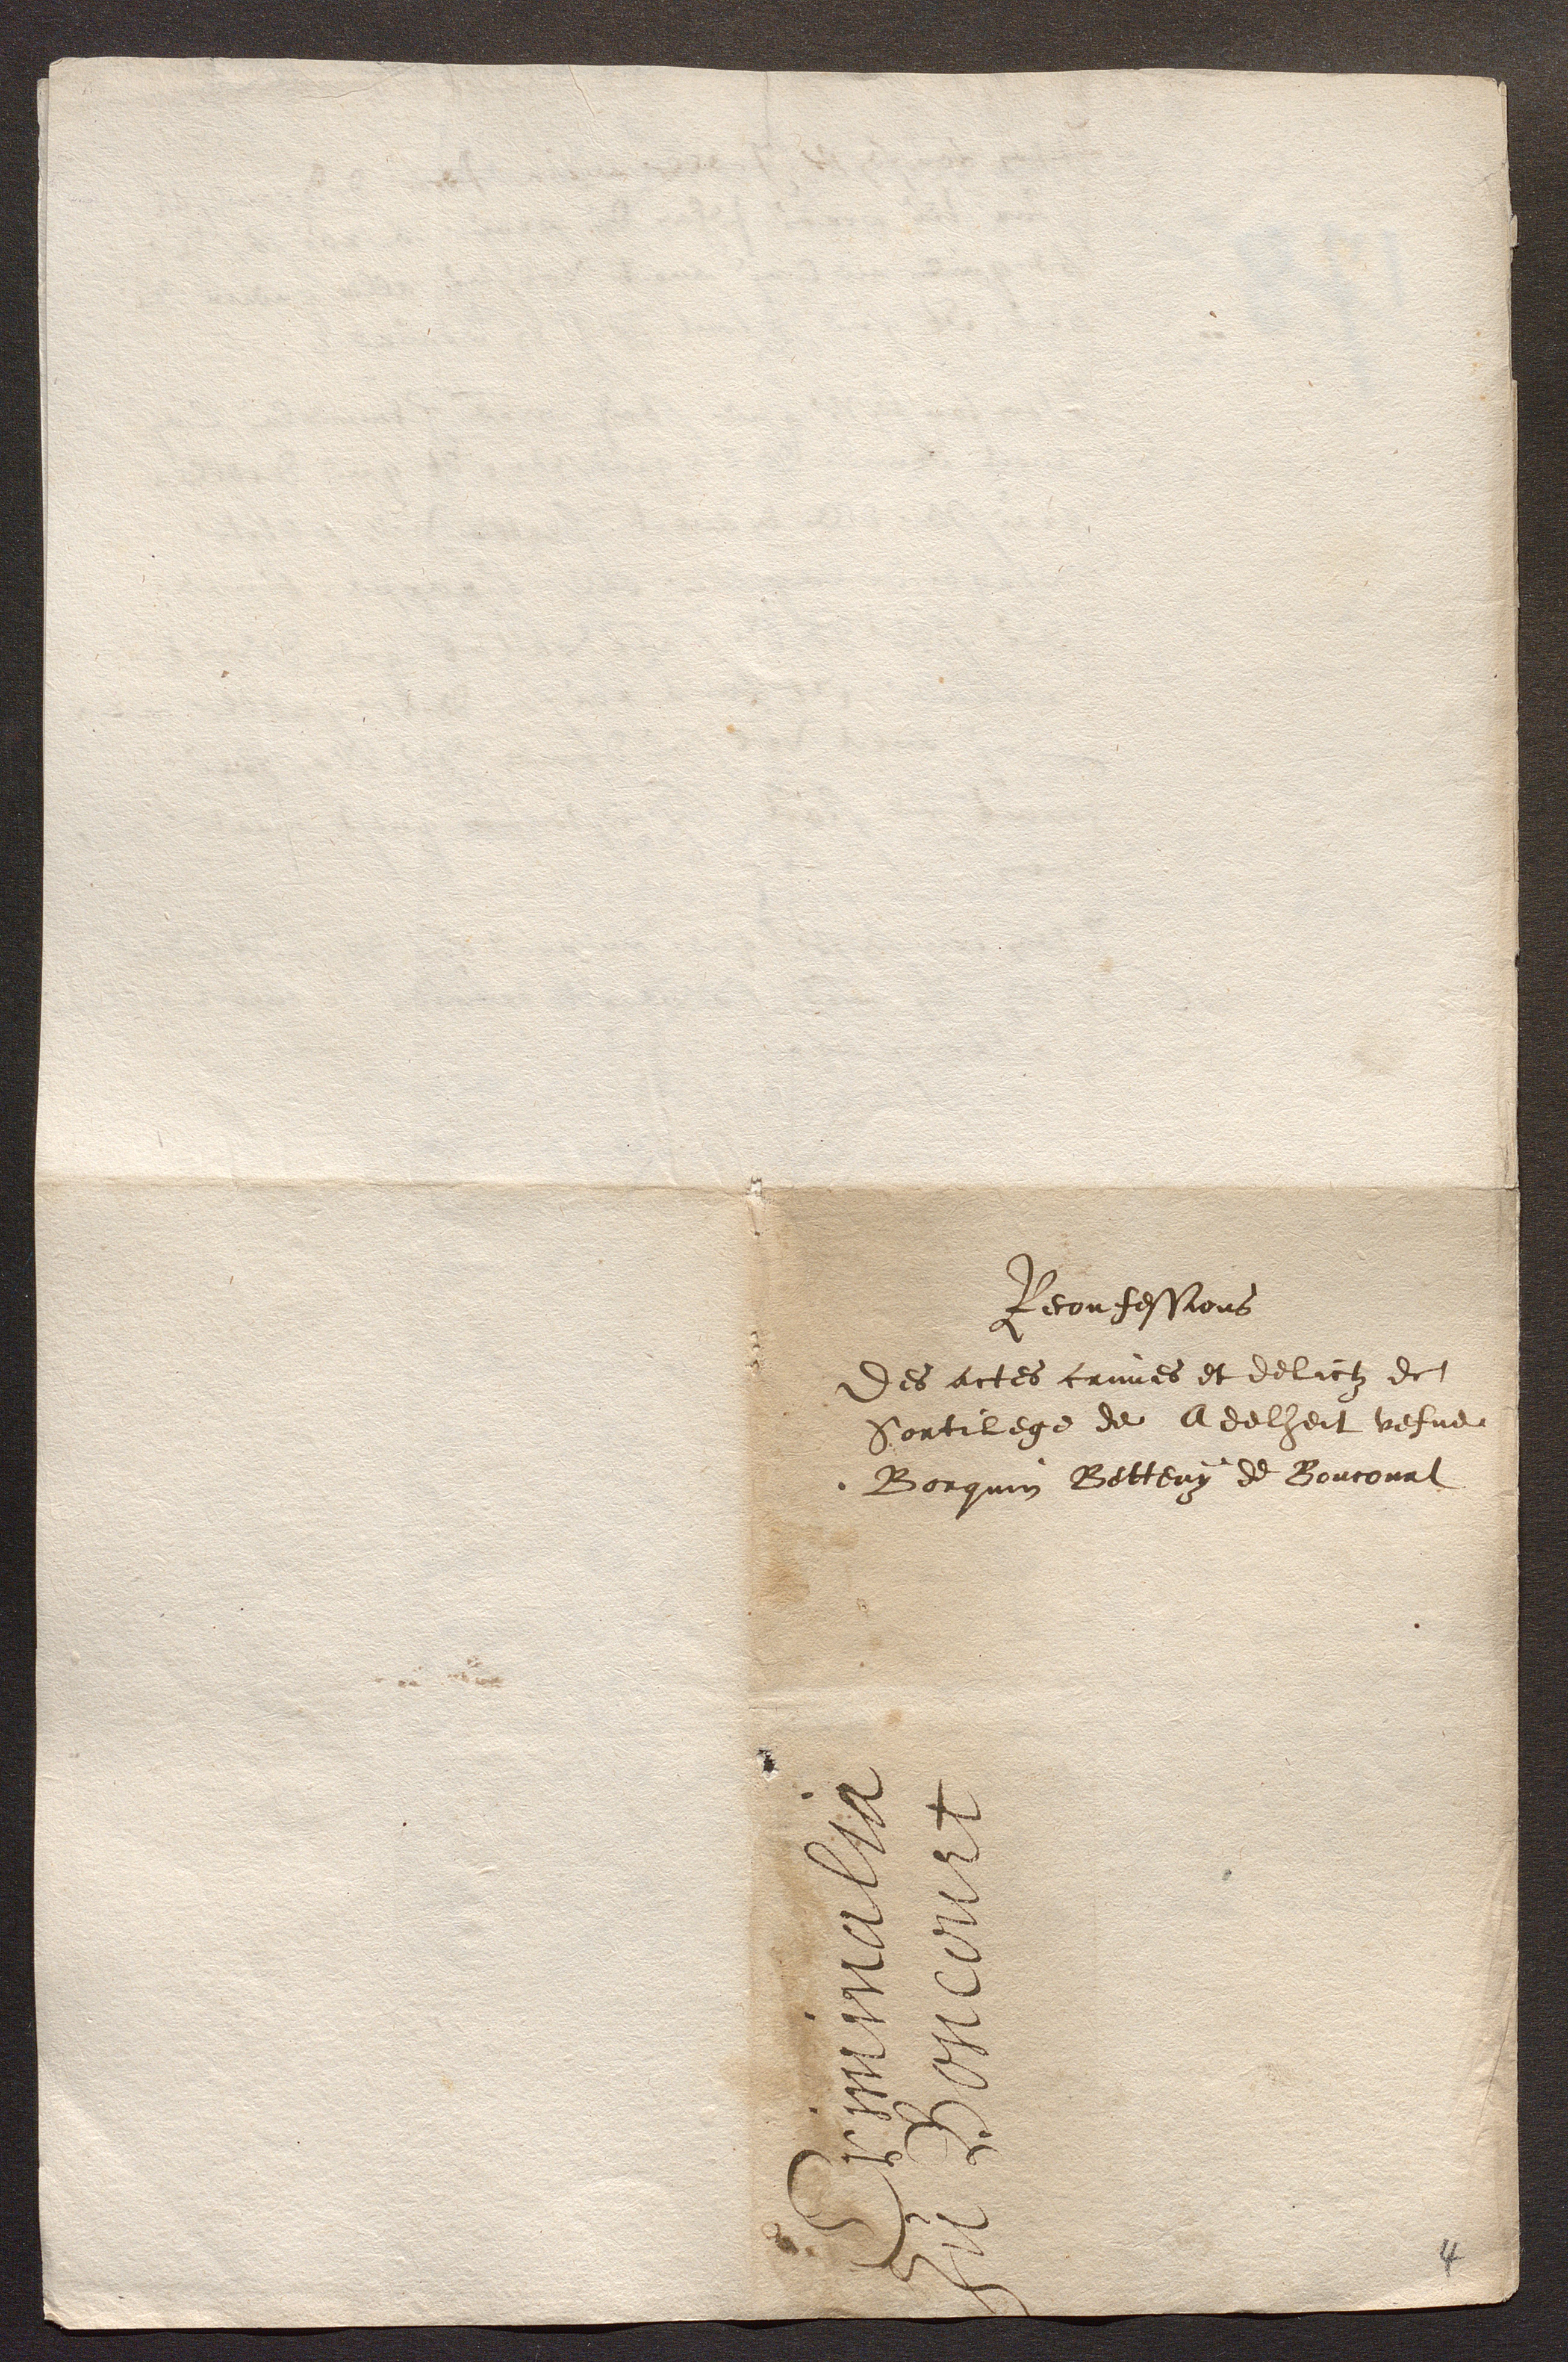
Reconfessions
Des actes crimes et delictz de
Sortilege de Adelheit vefve
Borquin Betteny de Boncourt